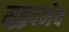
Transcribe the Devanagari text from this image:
सुहृदभेद